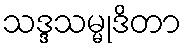
သဒ္ဒသမ္မုဒိတာ